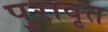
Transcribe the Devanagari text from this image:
पुरावृत